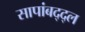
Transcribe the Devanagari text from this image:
सापांबद्द्ल